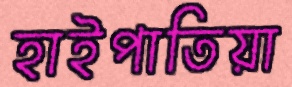
হাইপাতিয়া